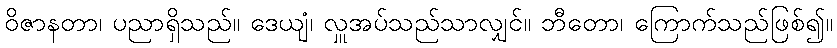
ဝိဇာနတာ၊ ပညာရှိသည်။ ဒေယျံ၊ လှူအပ်သည်သာလျှင်။ ဘီတော၊ ကြောက်သည်ဖြစ်၍။